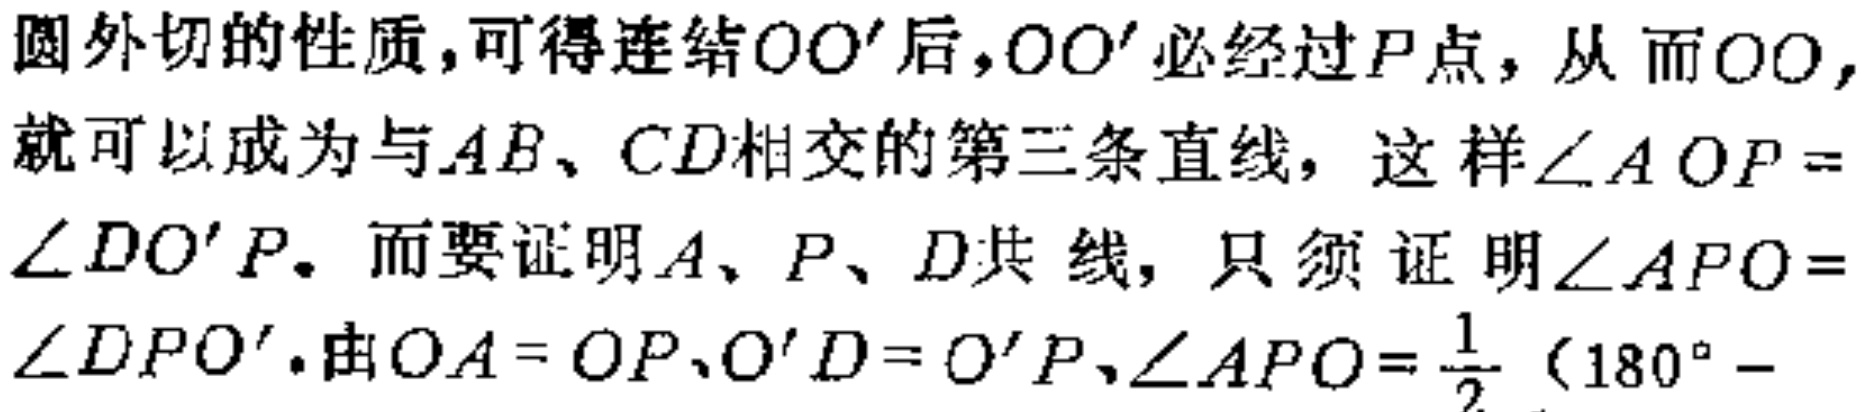
圆外切的性质,可得连结$OO'$后,$OO'$必经过$P$点，从而$OO$,就可以成为与$AB$、$CD$相交的第三条直线，这样$\angle AOP = \angle DO'P$. 而要证明$A、P、D$共线，只须证明$\angle APO=\angle DPO'$.由$OA = OP、O'D = O'P、\angle APO=\frac{1}{2}(180^{\circ}-$